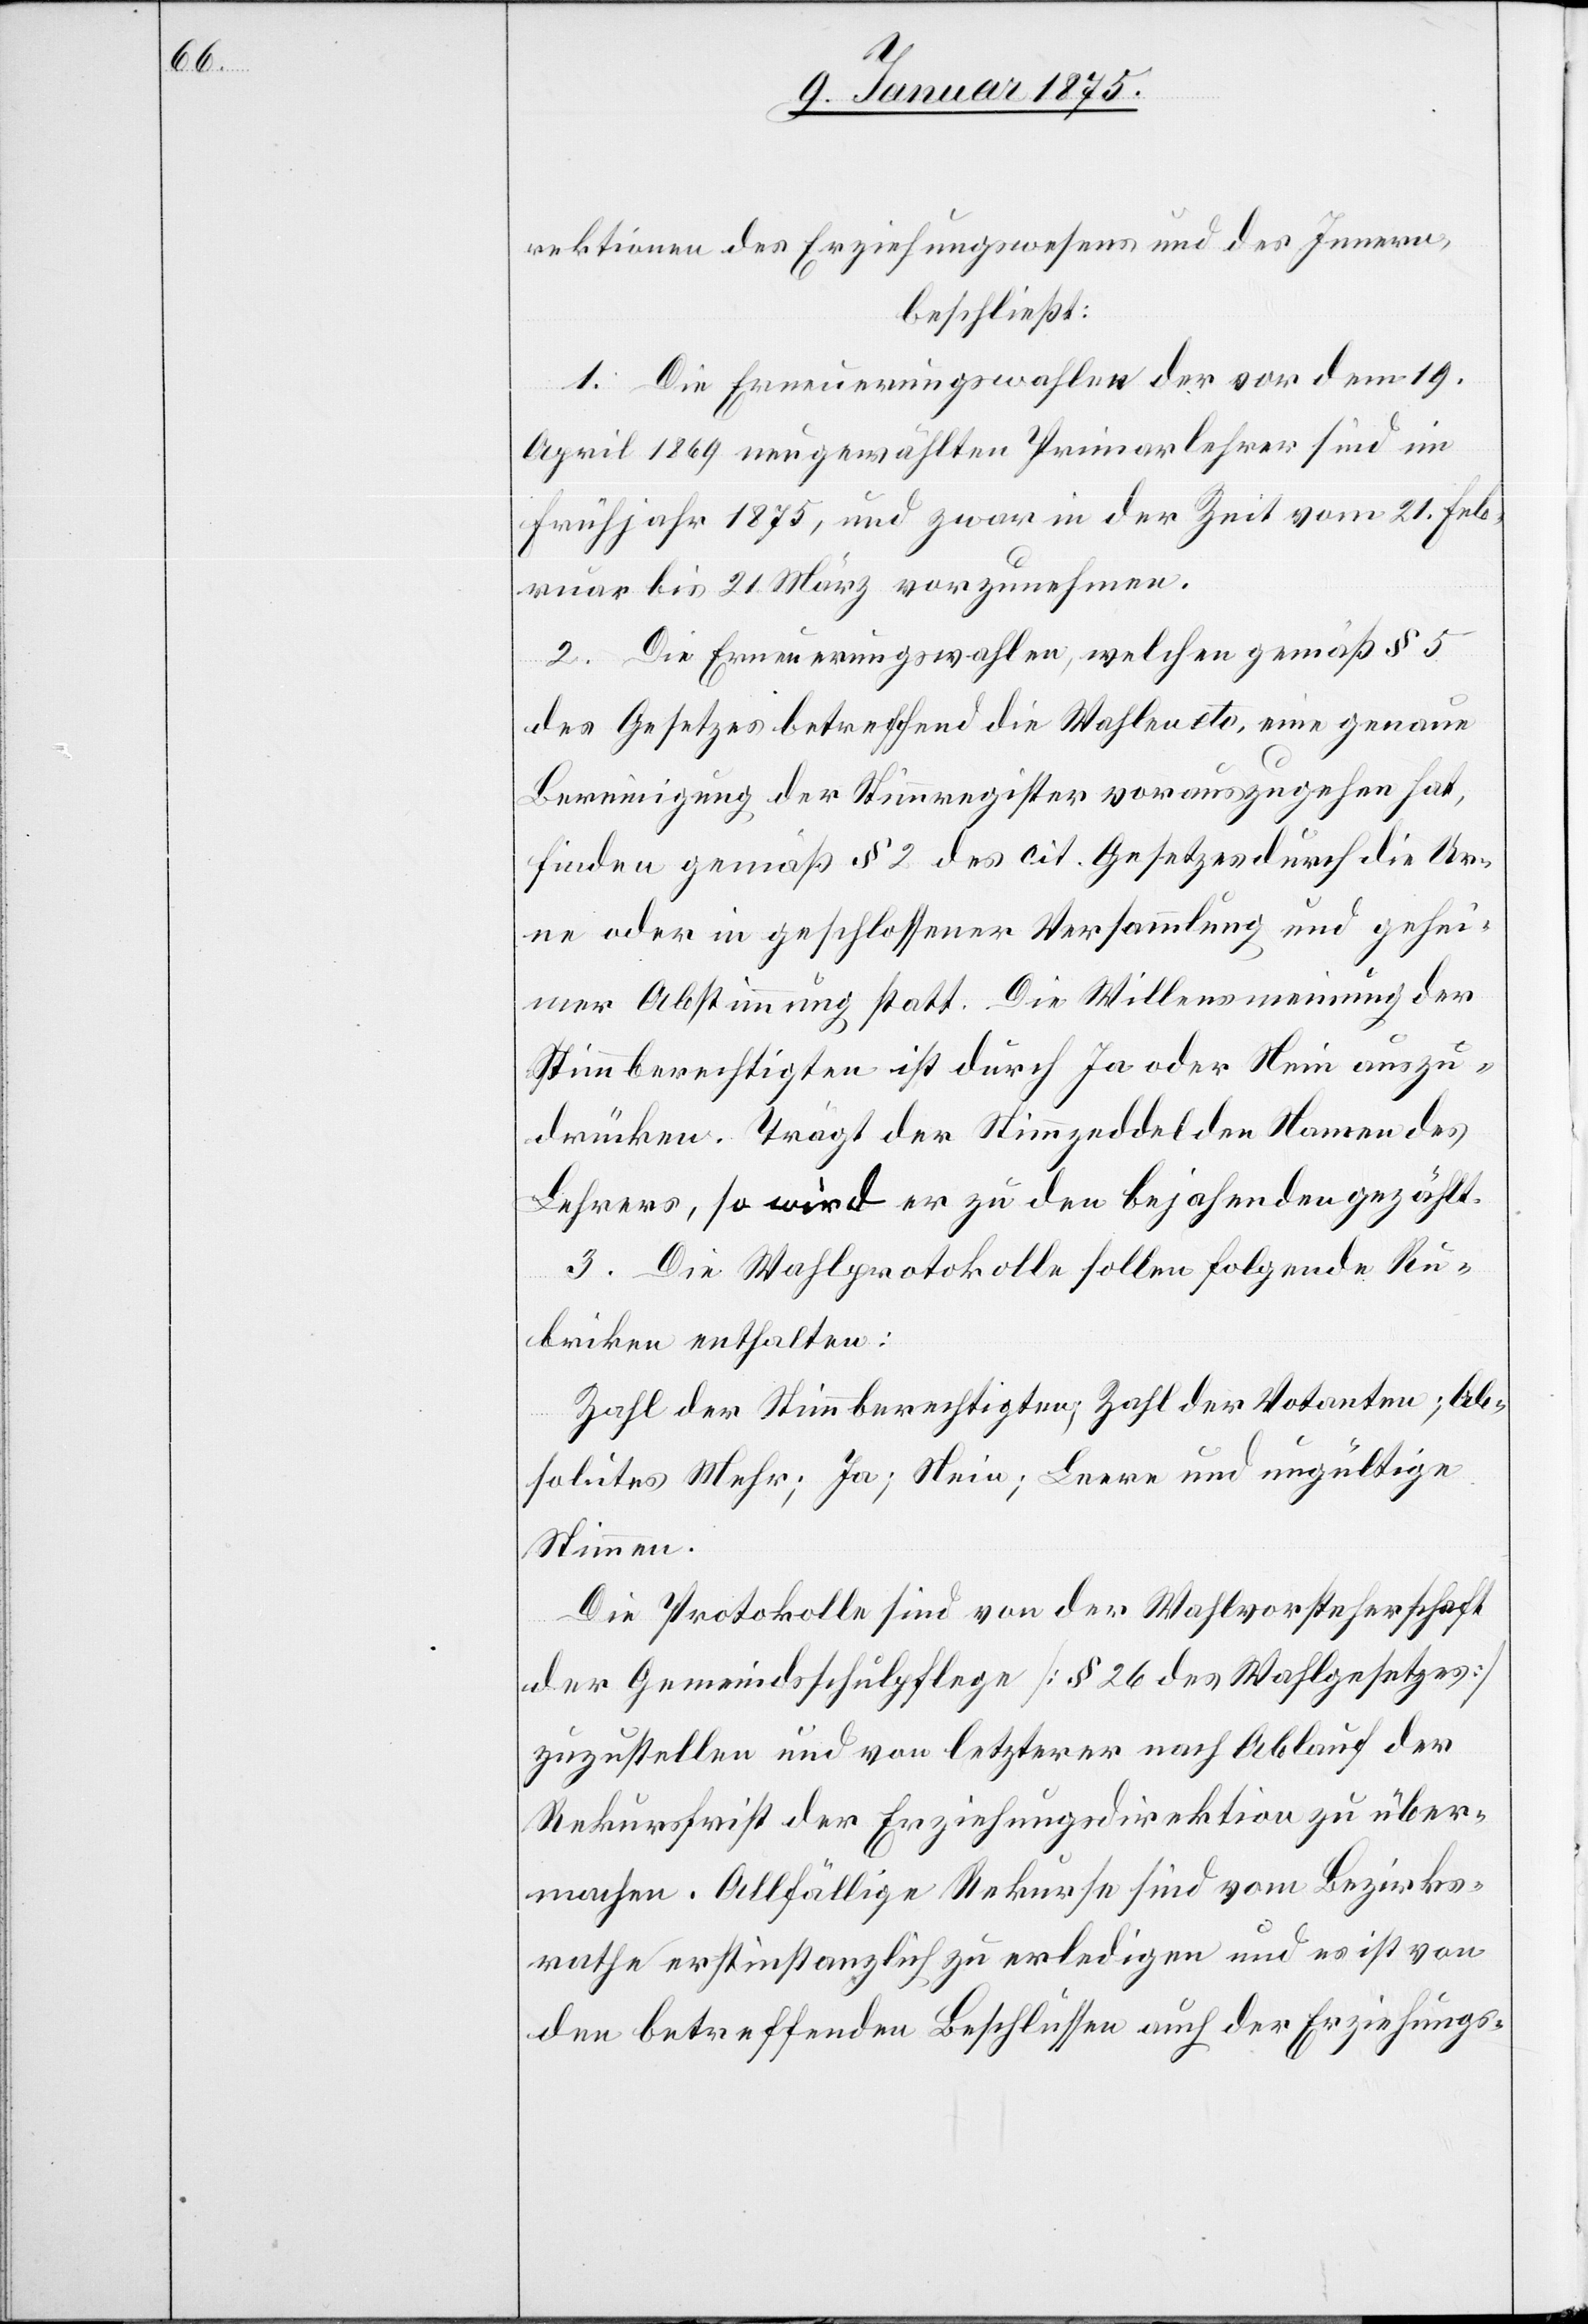
rektionen des Erziehungswesens und des Innern,
1. Die Erneuerungswahlen der vor dem 19.
April 1869 neugewählten Primarlehrer sind im
Frühjahr 1875, und zwar in der Zeit vom 21. Feb¬
ruar bis 21. März vorzunehmen.
2. Die Erneuerungswahlen, welchen gemäß § 5
des Gesetzes betreffend die Wahlen etc. eine genaue
Bereinigung der Stimmregister vorauszugehen hat,
finden gemäß § 2 des cit. Gesetzes durch die Ur¬
ne oder in geschlossener Versammlung und gehei¬
mer Abstimmung statt. Die Willensmeinung der
Stimmberechtigten ist durch Ja oder Nein auszu¬
drücken. Trägt der Stimmzeddel den Namen des
Lehrers, so wird er zu den bejahenden gezählt.
3. Die Wahlprotokolle sollen folgende Ru¬
briken enthalten:
Zahl der Stimmberechtigten; Zahl der Votanten; Ab¬
solutes Mehr; Ja; Nein; Leere und ungültige
Stimmen.
Die Protokolle sind von der Wahlvorsteherschaft
der Gemeindsschulpflege (§ 26 des Wahlgesetzes)
zuzustellen und von letzterer nach Ablauf der
Rekursfrist der Erziehungsdirektion zu über¬
machen. Allfällige Rekurse sind vom Bezirks¬
rathe erstinstanzlich zu erledigen und es ist von
den betreffenden Beschlüssen auch der Erziehungs-